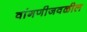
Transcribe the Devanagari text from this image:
वांगणीजवळील